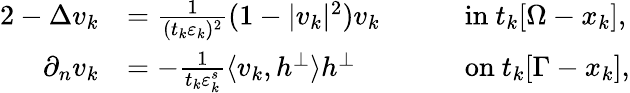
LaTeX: \begin{array}{rlrl}{{2}-\Delta v_{k}}&{=\frac{1}{(t_{k}\varepsilon_{k})^{2}}(1-|v_{k}|^{2})v_{k}\quad}&&{\mathrm{in}\ t_{k}[\Omega-x_{k}],}\\ {\partial_{n}v_{k}}&{=-\frac{1}{t_{k}\varepsilon_{k}^{s}}\langle v_{k},h^{\perp}\rangle h^{\perp}\quad}&&{\mathrm{on}\ t_{k}[\Gamma-x_{k}],}\end{array}